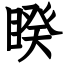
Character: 睽